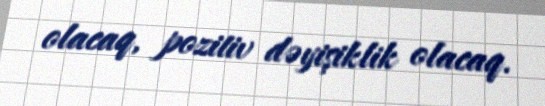
olacaq, pozitiv dəyişiklik olacaq.